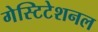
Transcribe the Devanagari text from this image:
गेस्टिटेशनल